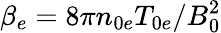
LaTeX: \beta_{e}=8\pi n_{0e}T_{0e}/B_{0}^{2}